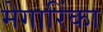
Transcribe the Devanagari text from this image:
मेगारिंका